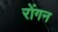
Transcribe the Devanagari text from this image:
रोंगन